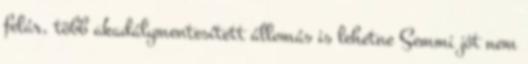
felár, több akadálymentesített állomás is lehetne Semmi jót nem